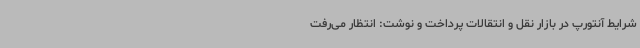
شرایط آنتورپ در بازار نقل و انتقالات پرداخت و نوشت: انتظار می‌رفت